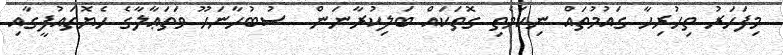
މިފަހަރު ތިހުރިހާ ގައުމުތައް ނިކަމެތި ގޮތަކައް ބަލިކުރާނަން  ސުބުހާނަހޫ ވަތަޢާލާގެ ހެޔޮތައުފީގާއި